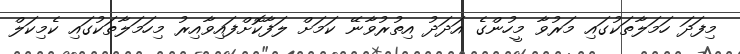
މިފަދަ ހަމަލާތަކުގައި މަރުވާ މީހުންގެ އަދަދު އިތުރުވާނޭ ކަމަށް ލަފާކޮށްފައިވާއިރު މިހަމަލާތަކުގައި ކެމިކަލް